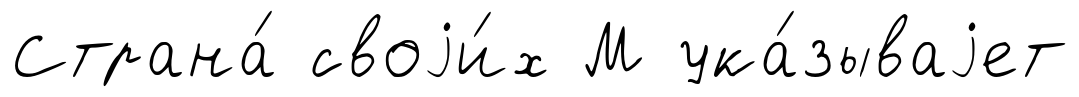
Страна́ своjи́х М ука́зываjет